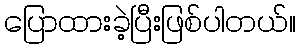
ပြောထားခဲ့ပြီးဖြစ်ပါတယ်။